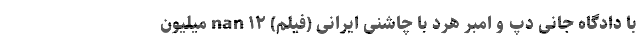
با دادگاه جانی دپ و امبر هرد با چاشنی ایرانی (فیلم) nan ۱۲ میلیون